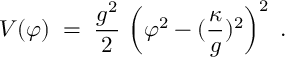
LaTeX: V ( \varphi ) \; = \; \frac { g ^ { 2 } } { 2 } \, \left( \varphi ^ { 2 } - ( \frac { \kappa } { g } ) ^ { 2 } \right) ^ { 2 } \; .